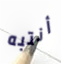
أنتبه